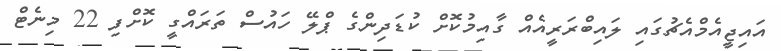
އައިޖީއެމްއެޗުގައި ލައިބްރަރީއެއް ގާއިމުކޮށް ކުޑަދިންގެ ޕްލޭ ހައުސް ތަރައްގީ ކޮށްފި 22 މިނެޓް